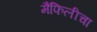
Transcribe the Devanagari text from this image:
मैफिलीचा